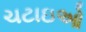
ચટાઇઓ